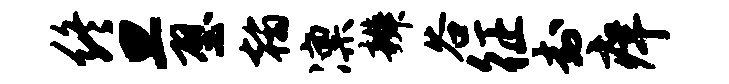
终旦壁翰凛辨谷征封痒